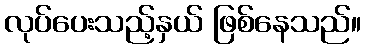
လုပ်ပေးသည့်နှယ် ဖြစ်နေသည်။